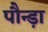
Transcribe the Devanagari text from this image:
पौन्ड़ा